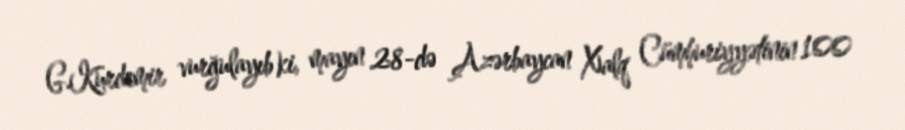
G.Kurdemir vurğulayıb ki, mayın 28-də Azərbaycan Xalq Cümhuriyyətinin 100